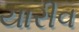
યારીવ